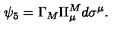
\psi _ { 5 } = \Gamma _ { M } \Pi _ { \mu } ^ { M } d \sigma ^ { \mu } .